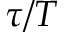
\tau / T